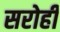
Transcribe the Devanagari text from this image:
सरोही